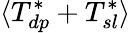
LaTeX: \langle T_{dp}^{*}+T_{sl}^{*}\rangle